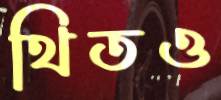
থিতও